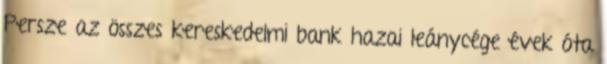
Persze az összes kereskedelmi bank hazai leánycége évek óta